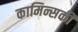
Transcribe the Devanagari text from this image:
कामिन्सकी